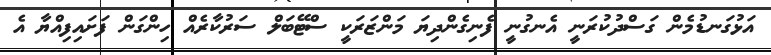
އަޅުގަނޑުމެން ގަސްދުކުރަނީ އެނގުނީ ފެނިގެންދިޔަ މަންޒަރަކީ ސްޓޭބަލް ސަރުކާރެއް ހިންގަން ފަށައިފިއްޔާ އެ